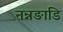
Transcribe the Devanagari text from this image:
नन्नङाडि